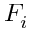
F _ { i }